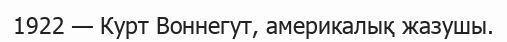
1922 — Курт Воннегут, америкалық жазушы.